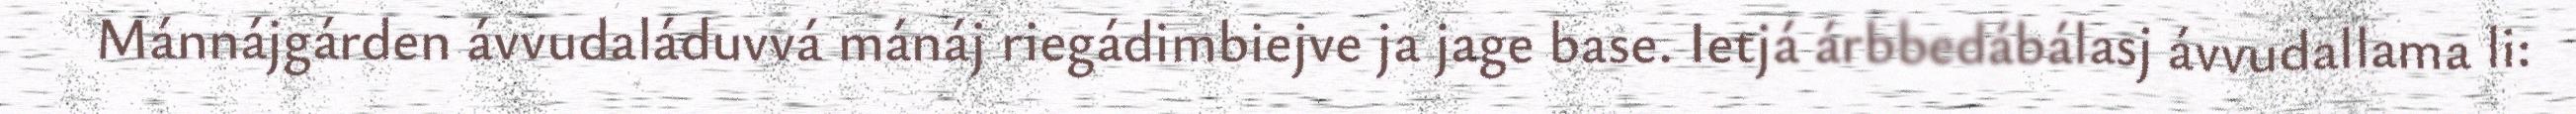
Mánnájgárden ávvudaláduvvá mánáj riegádimbiejve ja jage base. Ietjá árbbedábálasj ávvudallama li: